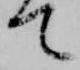
て